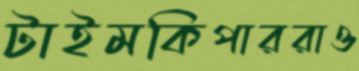
টাইমকিপাররাও